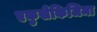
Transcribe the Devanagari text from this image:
एकुसेकिजिमा